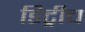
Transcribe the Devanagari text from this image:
डिट्रीच